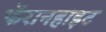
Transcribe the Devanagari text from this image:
फॅरानहाइट